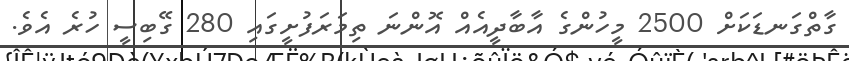
ގާތްގަނޑަކަށް 2500 މީހުންގެ އާބާދީއެއް އޮންނަ ތިމަރަފުށީގައި 280 ގޭބިސީ ހުރެ އެވެ.